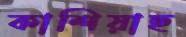
কাশিয়াছ